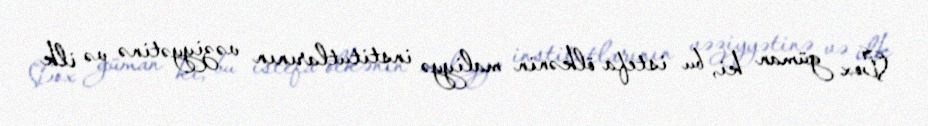
Çox güman ki, bu istefa ölkənin maliyyə institutlarının vəziyyətinə və ilk